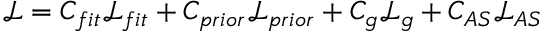
\mathcal { L } = C _ { f i t } \mathcal { L } _ { f i t } + C _ { p r i o r } \mathcal { L } _ { p r i o r } + C _ { g } \mathcal { L } _ { g } + C _ { A S } \mathcal { L } _ { A S }